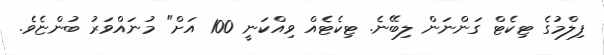
ފިލްމުގެ ޓިކެޓް ގަންނަން ލިބޭނެ. ޓިކެޓެއް ވިއްކަނީ 100 އަށް" މުނައްވަރު ބުންޏެވެ.